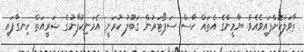
ތާވަލުކޮށްފައިވެއެވެ. ޔާމީންގެ އެތައް ހާސް ސަޕޯޓަރުން ގަބޫލު ކުރަނީ އެމަނިކުފާނުގެ ޝަރީއަތް ހިނގާފައި